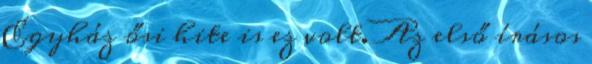
Egyház ősi hite is ez volt. Az első írásos